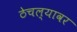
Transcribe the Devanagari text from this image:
ठेचल्यावर